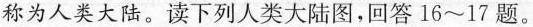
称为人类大陆。读下列人类大陆图，回答16～17题。